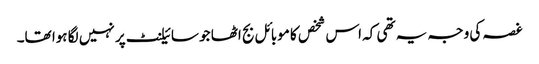
غصہ کی وجہ یہ تھی کہ اس شخص کا موبائل بج اٹھا جو سائیلنٹ پر نہیں لگا ہوا تھا۔